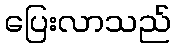
ပြေးလာသည်